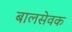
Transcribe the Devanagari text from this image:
बालसेवक